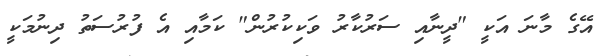
އޭގެ މާނަ އަކީ "ދީނާއި ސަރުކާރު ވަކިކުރުން" ކަމާއި އެ ފުރުސަތު ދިނުމަކީ